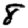
Digit: 8